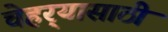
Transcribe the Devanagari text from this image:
चेहर्‍यासाठी